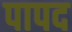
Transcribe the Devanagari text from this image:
पापद